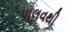
પાલવથી